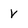
Character: V